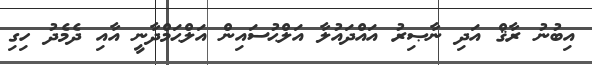
އިބުނު ރާޤް އަދި ނާޞިރު އައްދައުލާ އަލްޙުސައިން އަލްޙަމްދާނީ އާއި ދެމެދު ހިގި